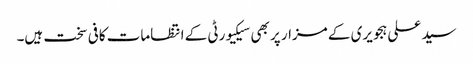
سید علی ہجویری کے مزار پر بھی سیکیورٹی کے انتظامات کافی سخت ہیں۔